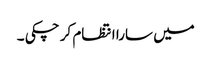
میں سارا انتظام کر چکی ۔